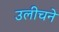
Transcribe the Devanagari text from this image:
उलीचने